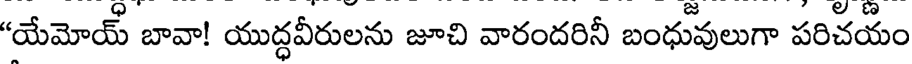
"యేమోయ్ బావా! యుద్ధవీరులను జూచి వారందరినీ బంధువులుగా పరిచయం